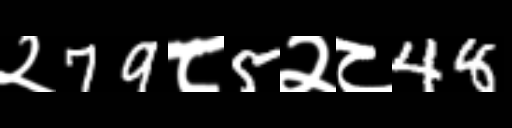
Text: २79८5२८48